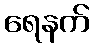
ရေနက်